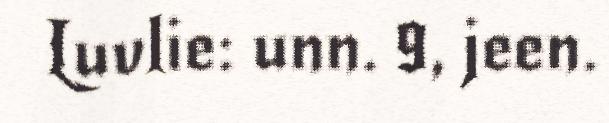
Luvlie: unn. 9, jeen.